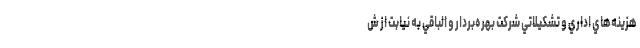
هزينه‌هاي اداري و تشكيلاتي شركت بهره‌بردار و الباقي به نيابت از ش